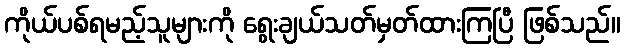
ကိုယ်ပစ်ရမည့်သူများကို ရွေးချယ်သတ်မှတ်ထားကြပြီ ဖြစ်သည်။